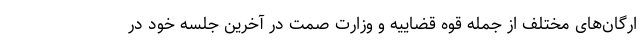
ارگان‌های مختلف از جمله قوه قضاییه و وزارت صمت در آخرین جلسه خود در